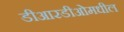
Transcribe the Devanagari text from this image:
डीआरडीओमधील